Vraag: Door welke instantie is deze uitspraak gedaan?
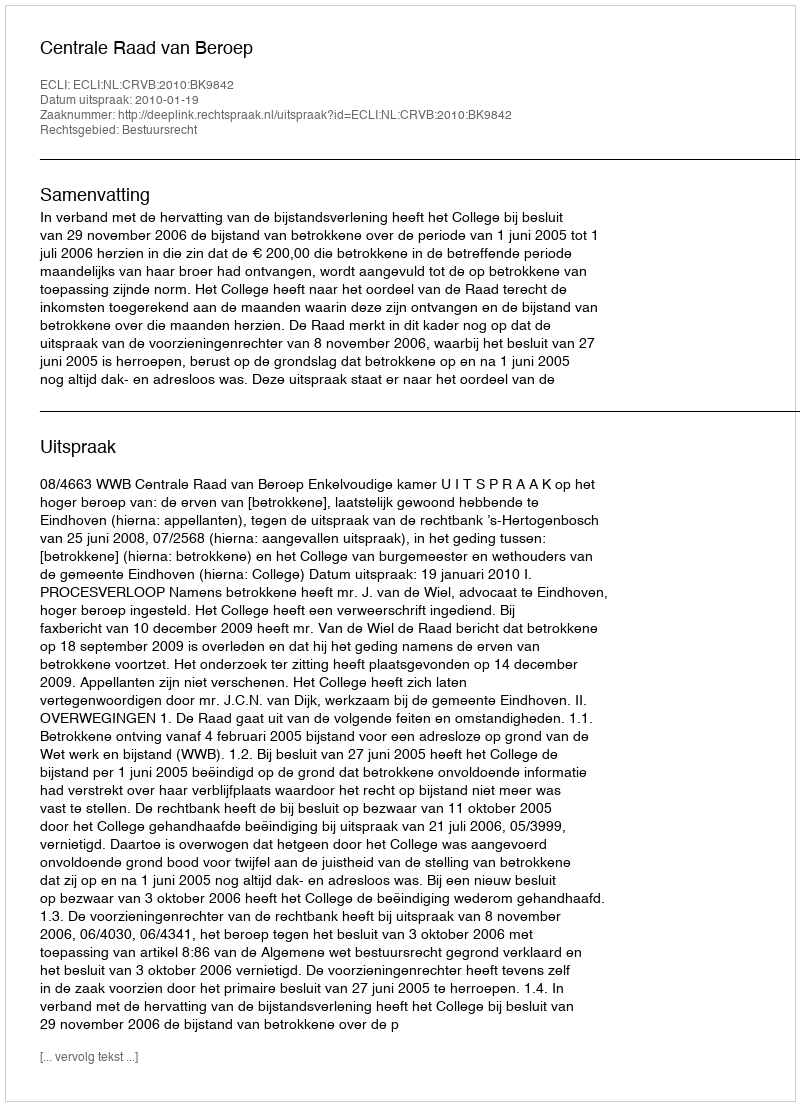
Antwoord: Centrale Raad van Beroep